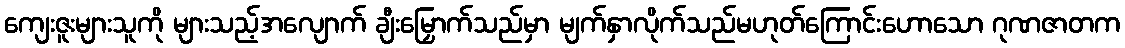
ကျေးဇူးများသူကို များသည့်အလျောက် ချီးမြှောက်သည်မှာ မျက်နှာလိုက်သည်မဟုတ်ကြောင်းဟောသော ဂုဏဇာတက